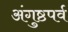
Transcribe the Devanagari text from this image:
अंगुष्ठपर्व